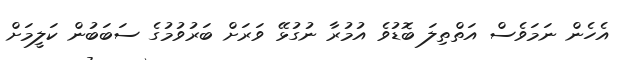
އެހެން ނަމަވެސް އަތްތިލަ ބޮޑުވެ އުމުރާ ނުގުޅޭ ވަރަށް ބަރުވުމުގެ ސަބަބުން ކަލީމަށް